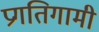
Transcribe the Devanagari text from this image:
प्रगतिगामी